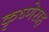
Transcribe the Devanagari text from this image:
कृष्णेसह